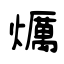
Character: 爄